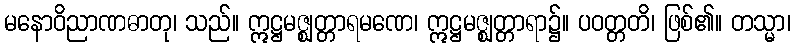
မနောဝိညာဏဓာတု၊ သည်။ ဣဋ္ဌမဇ္ဈတ္တာရမဏေ၊ ဣဋ္ဌမဇ္ဈတ္တာရာ၌။ ပဝတ္တတိ၊ ဖြစ်၏။ တသ္မာ၊